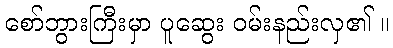
စော်ဘွားကြီးမှာ ပူဆွေး ဝမ်းနည်းလှ၏ ။